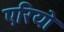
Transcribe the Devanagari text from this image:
एरियो